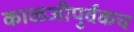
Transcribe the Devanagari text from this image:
काळजीपुर्वकच